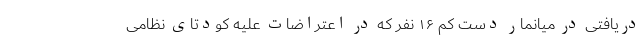
دریافتی در میانمار دست کم ۱۶ نفر که در اعتراضات علیه کودتای نظامی